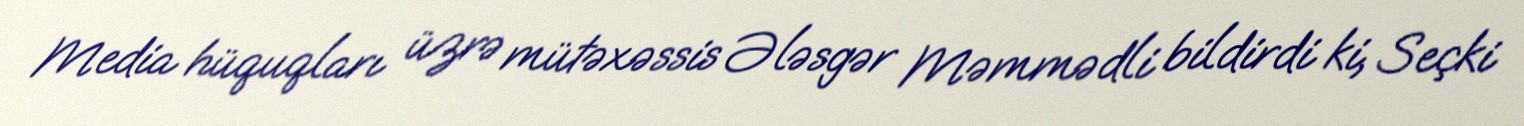
Media hüquqları üzrə mütəxəssis Ələsgər Məmmədli bildirdi ki, Seçki